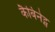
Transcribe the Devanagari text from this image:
कैबिनेट्स